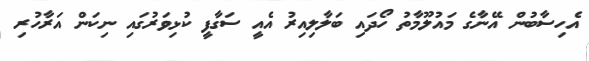
އެހިސާބުން އޭނާގެ މައުލޫމާތު ހޯދައި ބަލާލިއިރު އެއީ ސަގާފީ ކުޅިވަރުގައި ނިކަން އަރާހުރި